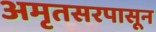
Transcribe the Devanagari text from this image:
अमृतसरपासून